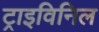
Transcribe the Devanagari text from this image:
ट्राइविनिल